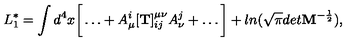
L _ { 1 } ^ { * } = \int d ^ { 4 } x \bigg [ \dots + A _ { \mu } ^ { i } [ { \bf T } ] _ { i j } ^ { \mu \nu } A _ { \nu } ^ { j } + \dots \bigg ] + l n ( \sqrt \pi d e t { \bf M } ^ { - \frac 1 2 } ) ,